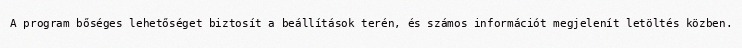
A program bőséges lehetőséget biztosít a beállítások terén, és számos információt megjelenít letöltés közben.